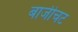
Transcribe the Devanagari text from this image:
बाजीचट